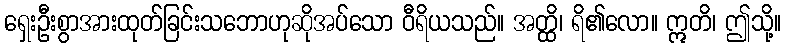
ရှေးဦးစွာအားထုတ်ခြင်းသဘောဟုဆိုအပ်သော ဝီရိယသည်။ အတ္ထိ၊ ရိ၏လော။ ဣတိ၊ ဤသို့။